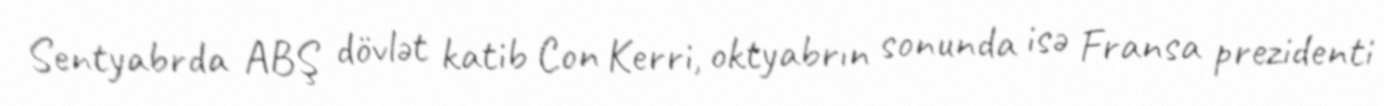
Sentyabrda ABŞ dövlət katib Con Kerri, oktyabrın sonunda isə Fransa prezidenti